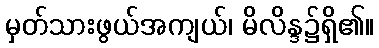
မှတ်သားဖွယ်အကျယ်၊ မိလိန္ဒ၌ရှိ၏။